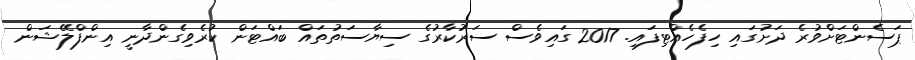
ޕަސެންޓަށްވުރެ ދަށުގައި ހިފެހެއްޓިފައި. 2017 ގައިވެސް ސަރުކާރުގެ ސިޔާސަތުތައް ބައްޓަން ކުރެވިގެންދާނީ އިންފްލޭޝަން